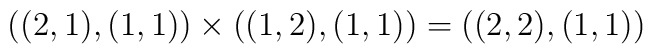
((2,1), (1,1)) \times ((1,2),(1,1)) = ((2,2),(1,1))